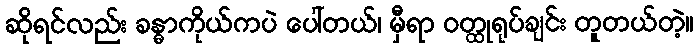
ဆိုရင်လည်း ခန္ဓာကိုယ်ကပဲ ပေါ်တယ်၊ မှီရာ ဝတ္ထုရုပ်ချင်း တူတယ်တဲ့။